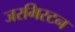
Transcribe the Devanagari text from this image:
जरमिस्टन